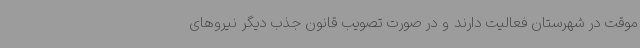
موقت در شهرستان فعالیت دارند و در صورت تصویب قانون جذب دیگر نیروهای